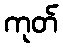
ကုတ်